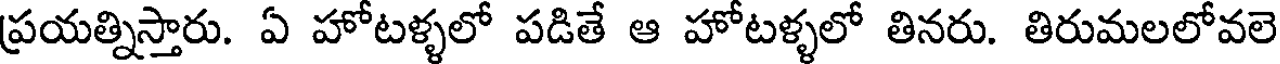
ప్రయత్నిస్తారు. ఏ హోటళ్ళలో పడితే ఆ హోటళ్ళలో తినరు. తిరుమలలోవలె